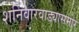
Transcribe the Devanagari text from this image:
शनिवारवाड्यासमोर